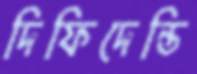
দিফিদেন্তি